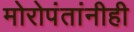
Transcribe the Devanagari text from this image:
मोरोपंतांनीही